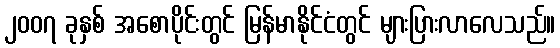
၂၀၀၇ ခုနှစ် အစောပိုင်းတွင် မြန်မာနိုင်ငံတွင် များပြားလာလေသည်။